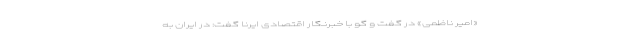
«امیر ناظمی» در گفت و گو با خبرنگار اقتصادی ایرنا گفت: در ایران به